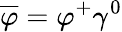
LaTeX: \overline{{\varphi}}=\varphi^{+}\gamma^{0}